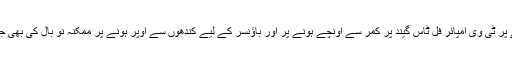
اکتوبر سے وکٹ گرنے پر ٹی وی امپائر فل ٹاس گيند پر کمر سے اونچے ہونے پر اور باؤنسر کے لیے کندھوں سے اوپر ہونے پر ممکنہ نو بال کی بھی جانچ پڑتال کر سکتا ہے۔